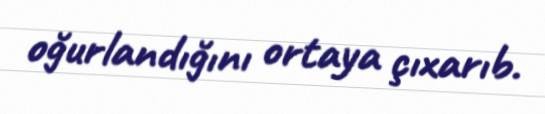
oğurlandığını ortaya çıxarıb.